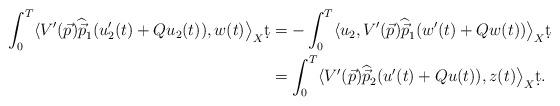
LaTeX: \begin{align*}\int_0^T \langle V'(\vec p)\widehat{\vec p}_1({u}_2^\prime(t)+Q{u}_2(t)),w(t)\big\rangle_X\d t &= -\int_0^T \langle u_2, V'(\vec p)\widehat{\vec p}_1(w^\prime(t)+Qw(t))\big\rangle_X\d t\\&= \int_0^T \langle V'(\vec p)\widehat{\vec p}_2({u}^\prime(t)+Q{u}(t)), z(t)\big\rangle_X\d t.\end{align*}